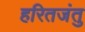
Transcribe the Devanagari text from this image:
हरितजंतु